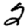
Digit: 2